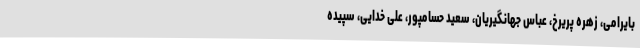
بایرامی، زهره پریرخ، عباس جهانگیریان، سعید حسامپور، علی خدایی، سپیده